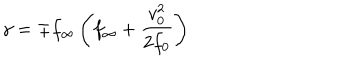
\gamma = \mp f _ { \infty } \left( f _ { \infty } + { \frac { v _ { 0 } ^ { 2 } } { 2 f _ { 0 } } } \right)